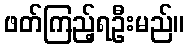
ဖတ်ကြည့်ရဦးမည်။